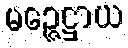
မဉ္ဇေဋ္ဌာယ